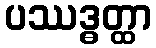
ပဿဒ္ဓတ္ထာ